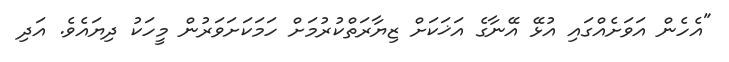
"އެހެން އަވަށެއްގައި އުޅޭ އޭނާގެ އަޚަކަށް ޒިޔާރަތްކުރުމަށް ހަމަކަށަވަރުން މީހަކު ދިޔައެވެ. އަދި